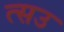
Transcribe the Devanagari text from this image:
त्सउ